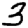
Digit: 3